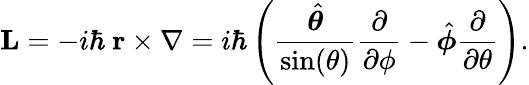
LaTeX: \mathbf{L}=-i\hbar~\mathbf{r}\times\nabla=i\hbar\left({\frac{\hat{\boldsymbol{\theta}}}{\sin(\theta)}}{\frac{\partial}{\partial\phi}}-{\hat{\boldsymbol{\phi}}}{\frac{\partial}{\partial\theta}}\right).